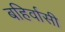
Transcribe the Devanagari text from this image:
बहिर्वासी